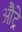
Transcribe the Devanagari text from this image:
औट्रे